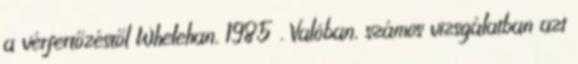
a vérfertőzéstől Whelehan, 1985 . Valóban, számos vizsgálatban azt